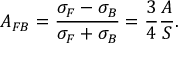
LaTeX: A _ { F B } = \frac { \sigma _ { F } - \sigma _ { B } } { \sigma _ { F } + \sigma _ { B } } = \frac { 3 } { 4 } \frac { A } { S } .